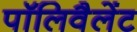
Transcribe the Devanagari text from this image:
पॉलिवैलेंट